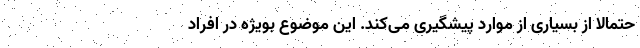
حتمالا از بسیاری از موارد پیشگیری می‌کند. این موضوع بویژه در افراد